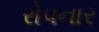
રોપનાર